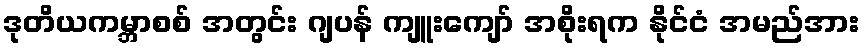
ဒုတိယကမ္ဘာစစ် အတွင်း ဂျပန် ကျူးကျော် အစိုးရက နိုင်ငံ အမည်အား